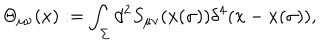
LaTeX: \Theta _ { \mu \nu } ( x ) : = \int _ { \Sigma } d ^ { 2 } S _ { \mu \nu } ( x ( \sigma ) ) \delta ^ { 4 } ( x - x ( \sigma ) ) ,